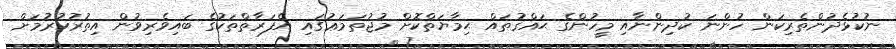
ނުކުޅެދުންތެރިކަން ހުންނަ ކުދިންނާއި މީހުންގެ ޙައްޤުތައް ޙިމާޔަތްކޮށް މުޖުތަމަޢުގައި އެފަރާތްތަކުގެ ބައިވެރިވުން އިތުރުކުރުމަށް